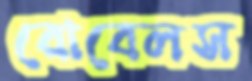
রোবেলস